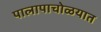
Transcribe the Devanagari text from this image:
पालापाचोळयात